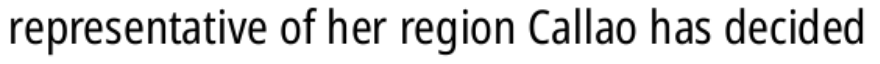
representative of her region Callao has decided